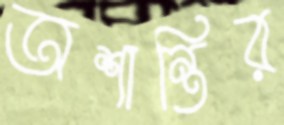
অশান্তির